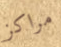
مراكز